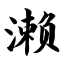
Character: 濑